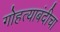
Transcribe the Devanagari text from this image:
गोहत्याबंदीचा